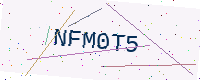
Text: NFM0T5